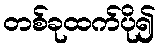
တစ်ခုထက်ပို၍